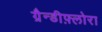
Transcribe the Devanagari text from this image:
ग्रैन्डीफ़्लोरा